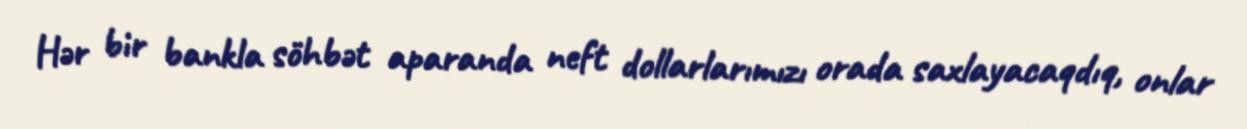
Hər bir bankla söhbət aparanda neft dollarlarımızı orada saxlayacaqdıq, onlar